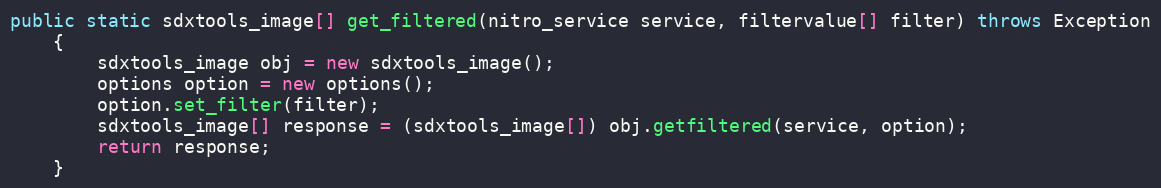
Language: Java
public static sdxtools_image[] get_filtered(nitro_service service, filtervalue[] filter) throws Exception
	{
		sdxtools_image obj = new sdxtools_image();
		options option = new options();
		option.set_filter(filter);
		sdxtools_image[] response = (sdxtools_image[]) obj.getfiltered(service, option);
		return response;
	}